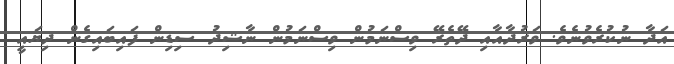
އަދާ ނުކުރެވުނެވެ. ވަރުދާއާއި ދޭތެރޭ ވިސްނަމުން ވިސްނަމުން ނާޝިދު ސިޑިން ފައިބައިގެން ދިޔައީ